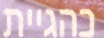
כהגיית